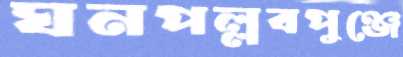
ঘনপল্লবপুঞ্জে